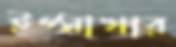
ইপ্সাখার